Annual administration report of the Civil Veterinary Department, Ajmere-Merwara, British Rajputana - 1914-1940
Year: 1914
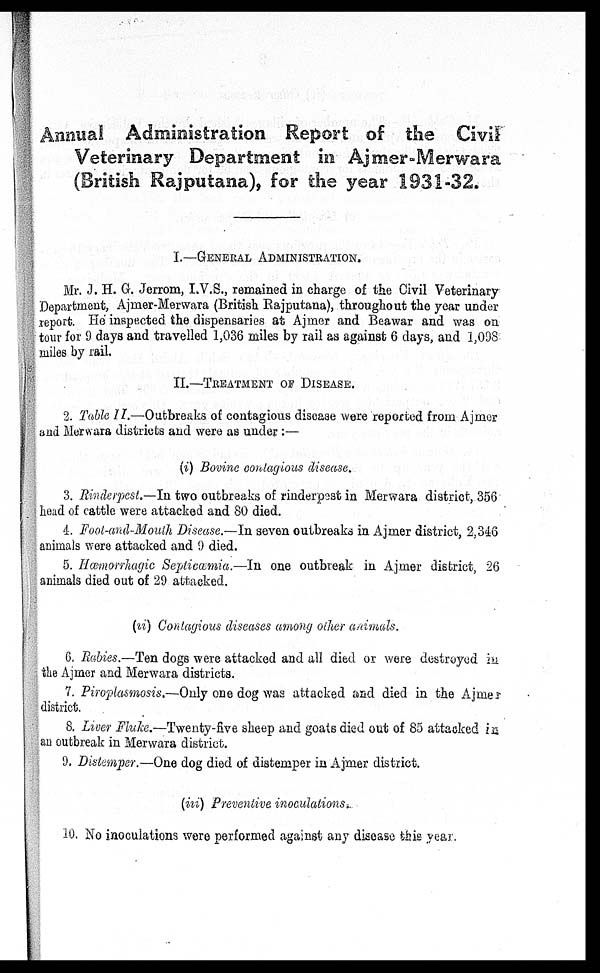
Annual Administration Report of the Civil
Veterinary Department in Ajmer-Merwara
(British Rajputana), for the year 1931-32.
I.—GENERAL ADMINISTRATION.
Mr. J. H. G. Jerrom, I.V.S., remained in charge of the Civil Veterinary
Department, Ajmer-Merwara (British Rajputana), throughout the year under
report. He inspected the dispensaries at Ajmer and Beawar and was on
tour for 9 days and travelled 1,036 miles by rail as against 6 days, and 1,098
miles by rail.
II.—TREATMENT OF DISEASE.
2. Table II.—Outbreaks of contagious disease were reported from Ajmer
and Merwara districts and were as under:—
(i) Bovine contagious disease.
3. Rinderpest.—In two outbreaks of rinderpest in Merwara district, 356
head of cattle were attacked and 80 died.
4. Foot-and-Mouth Disease.—In seven outbreaks in Ajmer district, 2,346
animals were attacked and 9 died.
5. Hæmorrhagic Septicamia.—In one outbreak in Ajmer district, 26
animals died out of 29 attacked.
(ii) Contagious diseases among other animals.
6. Rabies.—Ten dogs were attacked and all died or were destroyed in
the Ajmer and Merwara districts.
7. Piroptasmosis.—Only one dog was attacked and died in the Ajmer
district.
8. Liver Fluke.—Twenty-five sheep and goats died out of 85 attacked in
an outbreak in Merwara district.
9. Distemper.—One dog died of distemper in Ajmer district.
(iii) Preventive inoculations.
10. No inoculations were performed against any disease this year.